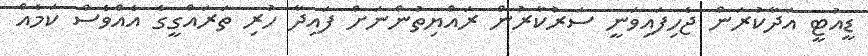
ޑީއުޓީ އަދާކުރަން ޖެހިފައިވަނީ ސަރުކާރުން ރައްޔިތުންނަށް ފައިދާ ހުރި ތަރައްގީގެ އެއްވެސް ކަމެއް